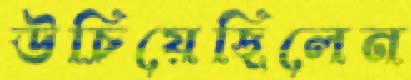
উচিয়েছিলেন